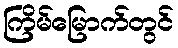
ကြိမ်မြောက်တွင်